Papers set at the Examination for Leaving Certificates, 1890
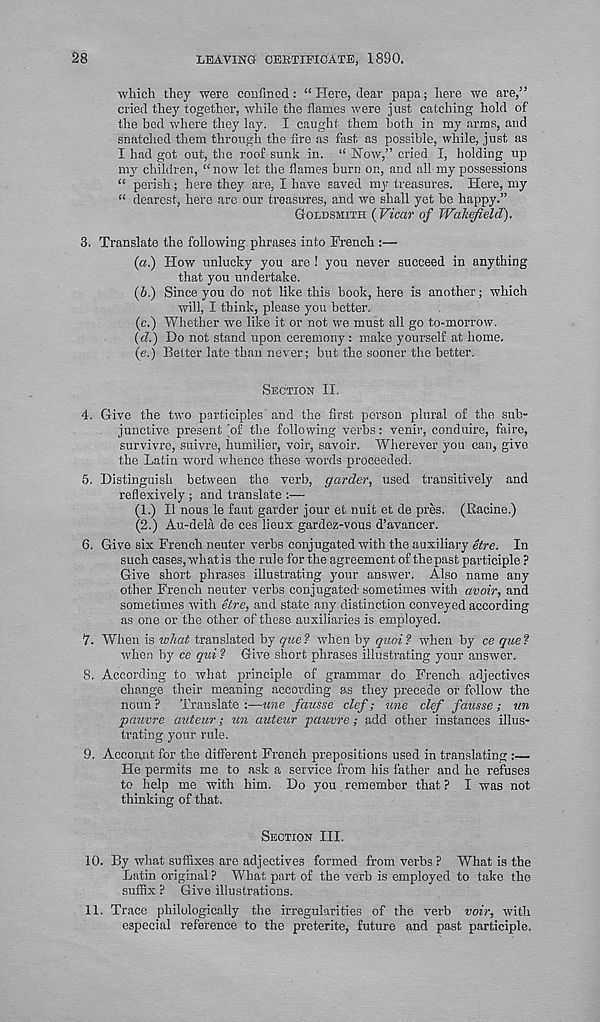
28
LEAVING CEETIPICATE, 1890.
which they were coufined : “ Here, dear papa; here we are,”
cried they together, while the flames were just catching hold of
the bed where they lay. I caught them both in my arms, and
snatched them through the fire as fast as possible, while, just as
I had got out, the roof sunk in. “ How,” cried I, holding up
my children, “now let the flames burn on, and all my possessions
“ perish; here they are, I have saved my treasures. Here, my
“ dearest, here are our treasures, and we shall yet be happy.”
GOLDSMITH {Vicar of Wakefield).
3. Translate the following phrases into French :—
(«.) How unlucky you are ! you never succeed in anything
that you undertake.
(fi.) Since you do not like this book, here is another; which
will, I think, please you better.
(c.) Whether we like it or not we must all go to-morrow.
{d.) Do not stand upon ceremony : make yourself at home.
(e.) Better late than never; but the sooner the better.
SECTION II.
4. Give the two participles and the first person plural of the sub-
junctive present'of the following verbs: venir, conduire, fiiire,
survivro, suivre, humilier, voir, savoir. Wherever you can, give
the Latin word whence these words proceeded.
5. Distinguish between the verb, garder, used transitively and
reflexively ; and translate :—
(1.) II nous le faut garder jour et nuit et de pres. (Kacine.)
(2.) Au-dela de ces lieux gardez-vous d’avancer.
6. Give six French neuter verbs conjugated with the auxiliary etre. In
such cases, whatis the rule for the agreement of thepast participle ?
Give short phrases illustrating your answer. Also name any
other French neuter verbs conjugated- sometimes with avoir, and
sometimes with etre, and state any distinction conveyed according
as one or the other of these auxiliaries is employed.
7. When is what translated by que ? when by quoi ? when by ce que ?
when by ce qui ? Give short phrases illustrating your answer.
8. According to what principle of grammar do French adjectives
change their meaning according as they precede or follow the
noun ?
Translate :—une fausse clef; une clef fausse; un
pauvre auteur; un auteur pauvre; add other instances illus-
trating your rule.
9. Account for the different French prepositions used in translating :—
He permits me to ask a service from his father and he refuses
to help me with him. Do you remember that ? I was not
thinking of that.
SECTION III.
10. By what suffixes are adjectives formed from verbs ? What is the
Latin original ? What part of the verb is employed to take the
suffix ? Give illustrations.
11. Trace philulogically the irregularities of the verb voir, with
especial reference to the preterite, future and past participle.